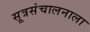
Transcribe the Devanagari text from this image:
सूत्रसंचालनाला